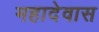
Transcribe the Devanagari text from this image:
महादेवास